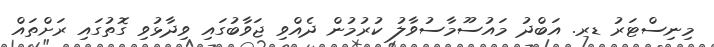
މިނިސްޓަރު ޑރ. އަބްދު މައުސޫމާސުވާލު ކުރުމުން ދެއްވި ޖަވާބުގައި ވިދާޅުވި ގޮތުގައި ރަށްތައް